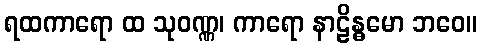
ရထကာရော ထ သုဝဏ္ဏ၊ ကာရော နာဠိန္ဓမော ဘဝေ။